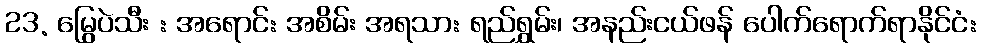
23. မြွေပဲသီး : အရောင်: အစိမ်း အရသာ: ရည်ရွှမ်း၊ အနည်းငယ်ဖန် ပေါက်ရောက်ရာနိုင်ငံ: